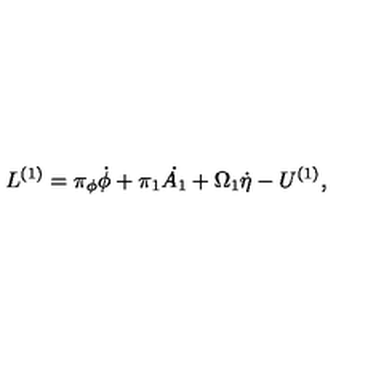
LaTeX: L ^ { ( 1 ) } = \pi _ { \phi } \dot { \phi } + \pi _ { 1 } \dot { A _ { 1 } } + \Omega _ { 1 } \dot { \eta } - U ^ { ( 1 ) } ,